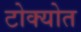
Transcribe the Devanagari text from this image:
टोक्योत